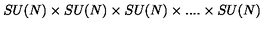
S U ( N ) \times S U ( N ) \times S U ( N ) \times . . . . \times S U ( N )